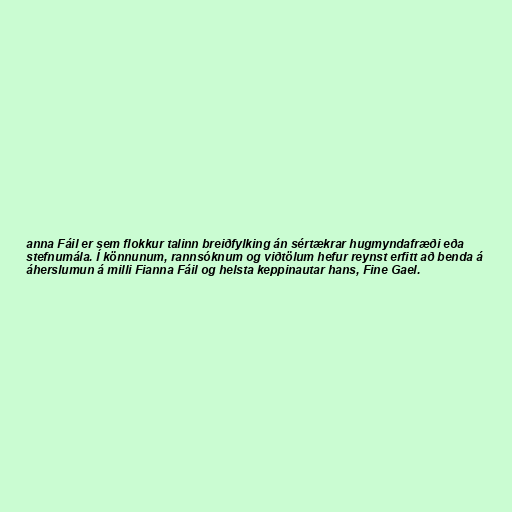
anna Fáil er sem flokkur talinn breiðfylking án sértækrar hugmyndafræði eða
stefnumála. Í könnunum, rannsóknum og viðtölum hefur reynst erfitt að benda á
áherslumun á milli Fianna Fáil og helsta keppinautar hans, Fine Gael.